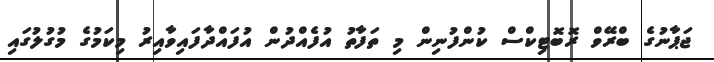
ޖަޕާނުގެ ބްރޭވް ރޮބޮޓިކްސް ކުންފުނިން މި ތަފާތު އުފެއްދުން އުފައްދާފައިވާއިރު މިކަމުގެ މުގުލުގައި